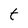
Character: t